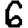
Digit: 6